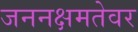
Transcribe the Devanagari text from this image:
जननक्षमतेवर